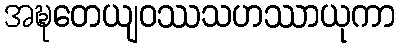
အဍ္ဎတေယျဝဿသဟဿာယုကာ